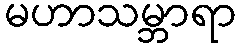
မဟာသမ္ဘာရာ